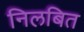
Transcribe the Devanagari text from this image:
निलबित